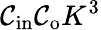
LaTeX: \mathcal{C}_{\mathrm{{in}}}\mathcal{C}_{\mathrm{{o}}}K^{3}